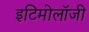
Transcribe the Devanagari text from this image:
इटिमोलॉजी